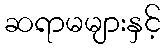
ဆရာမများနှင့်